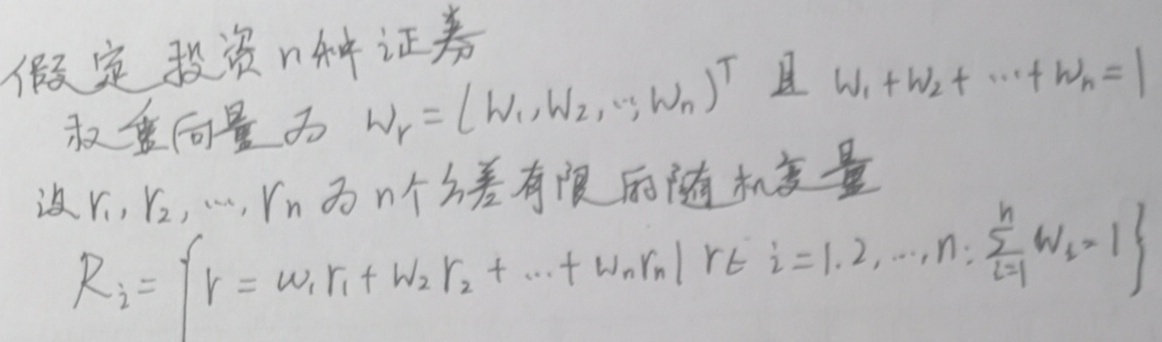
假定投资\(n\)种证券，权重向量为 \(W_{r}=(W_{1},W_{2},\cdots,W_{n})^{\mathrm{T}}\) 且 \(W_{1}+W_{2}+\cdots+W_{n}=1\)。设\(r_{1},r_{2},\cdots,r_{n}\)为\(n\)个方差有限的随机变量，\(R_{i}=\left\{r = W_{1}r_{1}+W_{2}r_{2}+\cdots+W_{n}r_{n}\mid r\in i = 1,2,\cdots,n;\sum_{i = 1}^{n}W_{i}=1\right\}\)